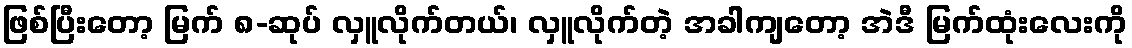
ဖြစ်ပြီးတော့ မြက် ၈-ဆုပ် လှူလိုက်တယ်၊ လှူလိုက်တဲ့ အခါကျတော့ အဲဒီ မြက်ထုံးလေးကို